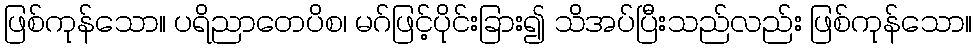
ဖြစ်ကုန်သော။ ပရိညာတေပိစ၊ မဂ်ဖြင့်ပိုင်းခြား၍ သိအပ်ပြီးသည်လည်း ဖြစ်ကုန်သော။